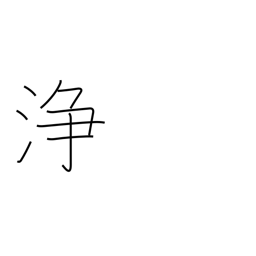
Meaning: clean